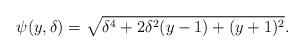
LaTeX: \begin{align*} \psi(y,\delta) = \sqrt{\delta ^4+2 \delta ^2 (y-1)+(y+1)^2}.\end{align*}